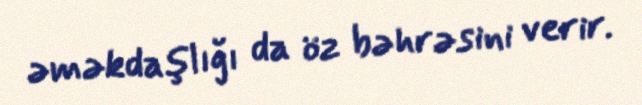
əməkdaşlığı da öz bəhrəsini verir.